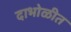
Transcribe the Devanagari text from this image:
दाभोळीत